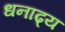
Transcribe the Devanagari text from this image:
धनाढ्‍य